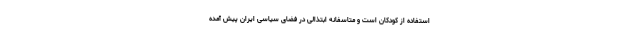
استفاده از کودکان است و متاسفانه ابتذالی در فضای سیاسی ایران پیش آمده